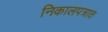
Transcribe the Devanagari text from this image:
निकालपत्रात